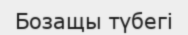
Бозащы түбегі